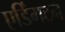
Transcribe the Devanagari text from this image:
एर्डिंगटन